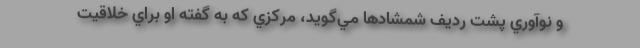
و نوآوري پشت رديف شمشادها مي‌گويد، مركزي كه به گفته او براي خلاقيت